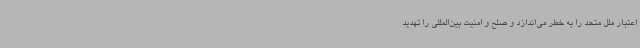
اعتبار ملل متحد را به خطر می‌اندازد و صلح و امنیت بین‌المللی را تهدید